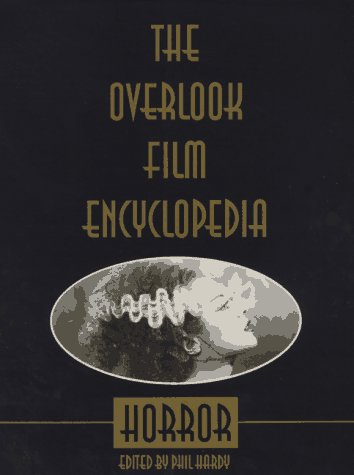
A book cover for The Overlook Film Encyclopedia: Horror; Humor & Entertainment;